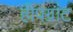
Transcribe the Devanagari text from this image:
हीपग्रांट